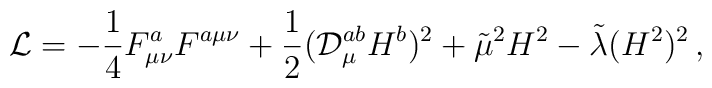
{\cal L}=-\frac{1}{4}F_{\mu \nu }^{a}F^{a\mu \nu }+\frac{1}{2}({\cal D}_{\mu}^{ab}H^{b})^{2}+\tilde{\mu}^{2}H^{2}-\tilde{\lambda}(H^{2})^{2}\,,